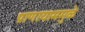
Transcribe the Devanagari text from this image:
प्राणायाममुळे